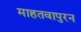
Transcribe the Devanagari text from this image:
माहतवापुरन